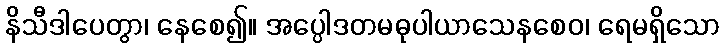
နိသီဒါပေတွာ၊ နေစေ၍။ အပ္ပေါဒတမဓုပါယာသေနစေဝ၊ ရေမရှိသော